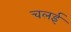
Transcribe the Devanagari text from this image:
चलई